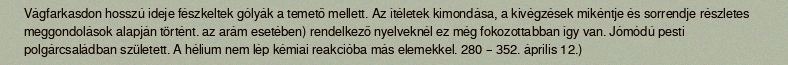
Vágfarkasdon hosszú ideje fészkeltek gólyák a temető mellett. Az ítéletek kimondása, a kivégzések mikéntje és sorrendje részletes meggondolások alapján történt. az arám esetében) rendelkező nyelveknél ez még fokozottabban így van. Jómódú pesti polgárcsaládban született. A hélium nem lép kémiai reakcióba más elemekkel. 280 – 352. április 12.)